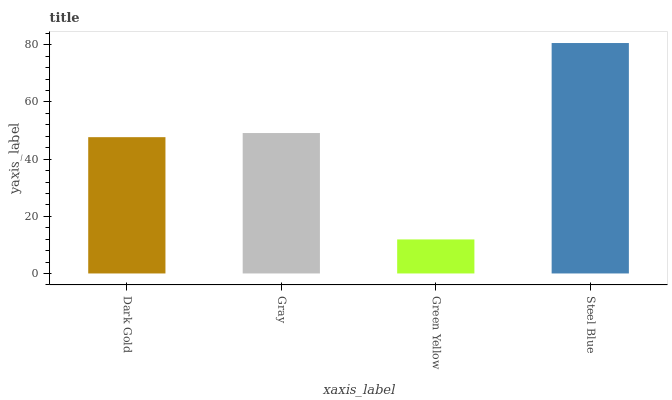
| xaxis_label | bars |
 | --- | --- |
 | Dark Gold | 47.7 |
 | Gray | 49.1 |
 | Green Yellow | 11.9 |
 | Steel Blue | 80.6 |